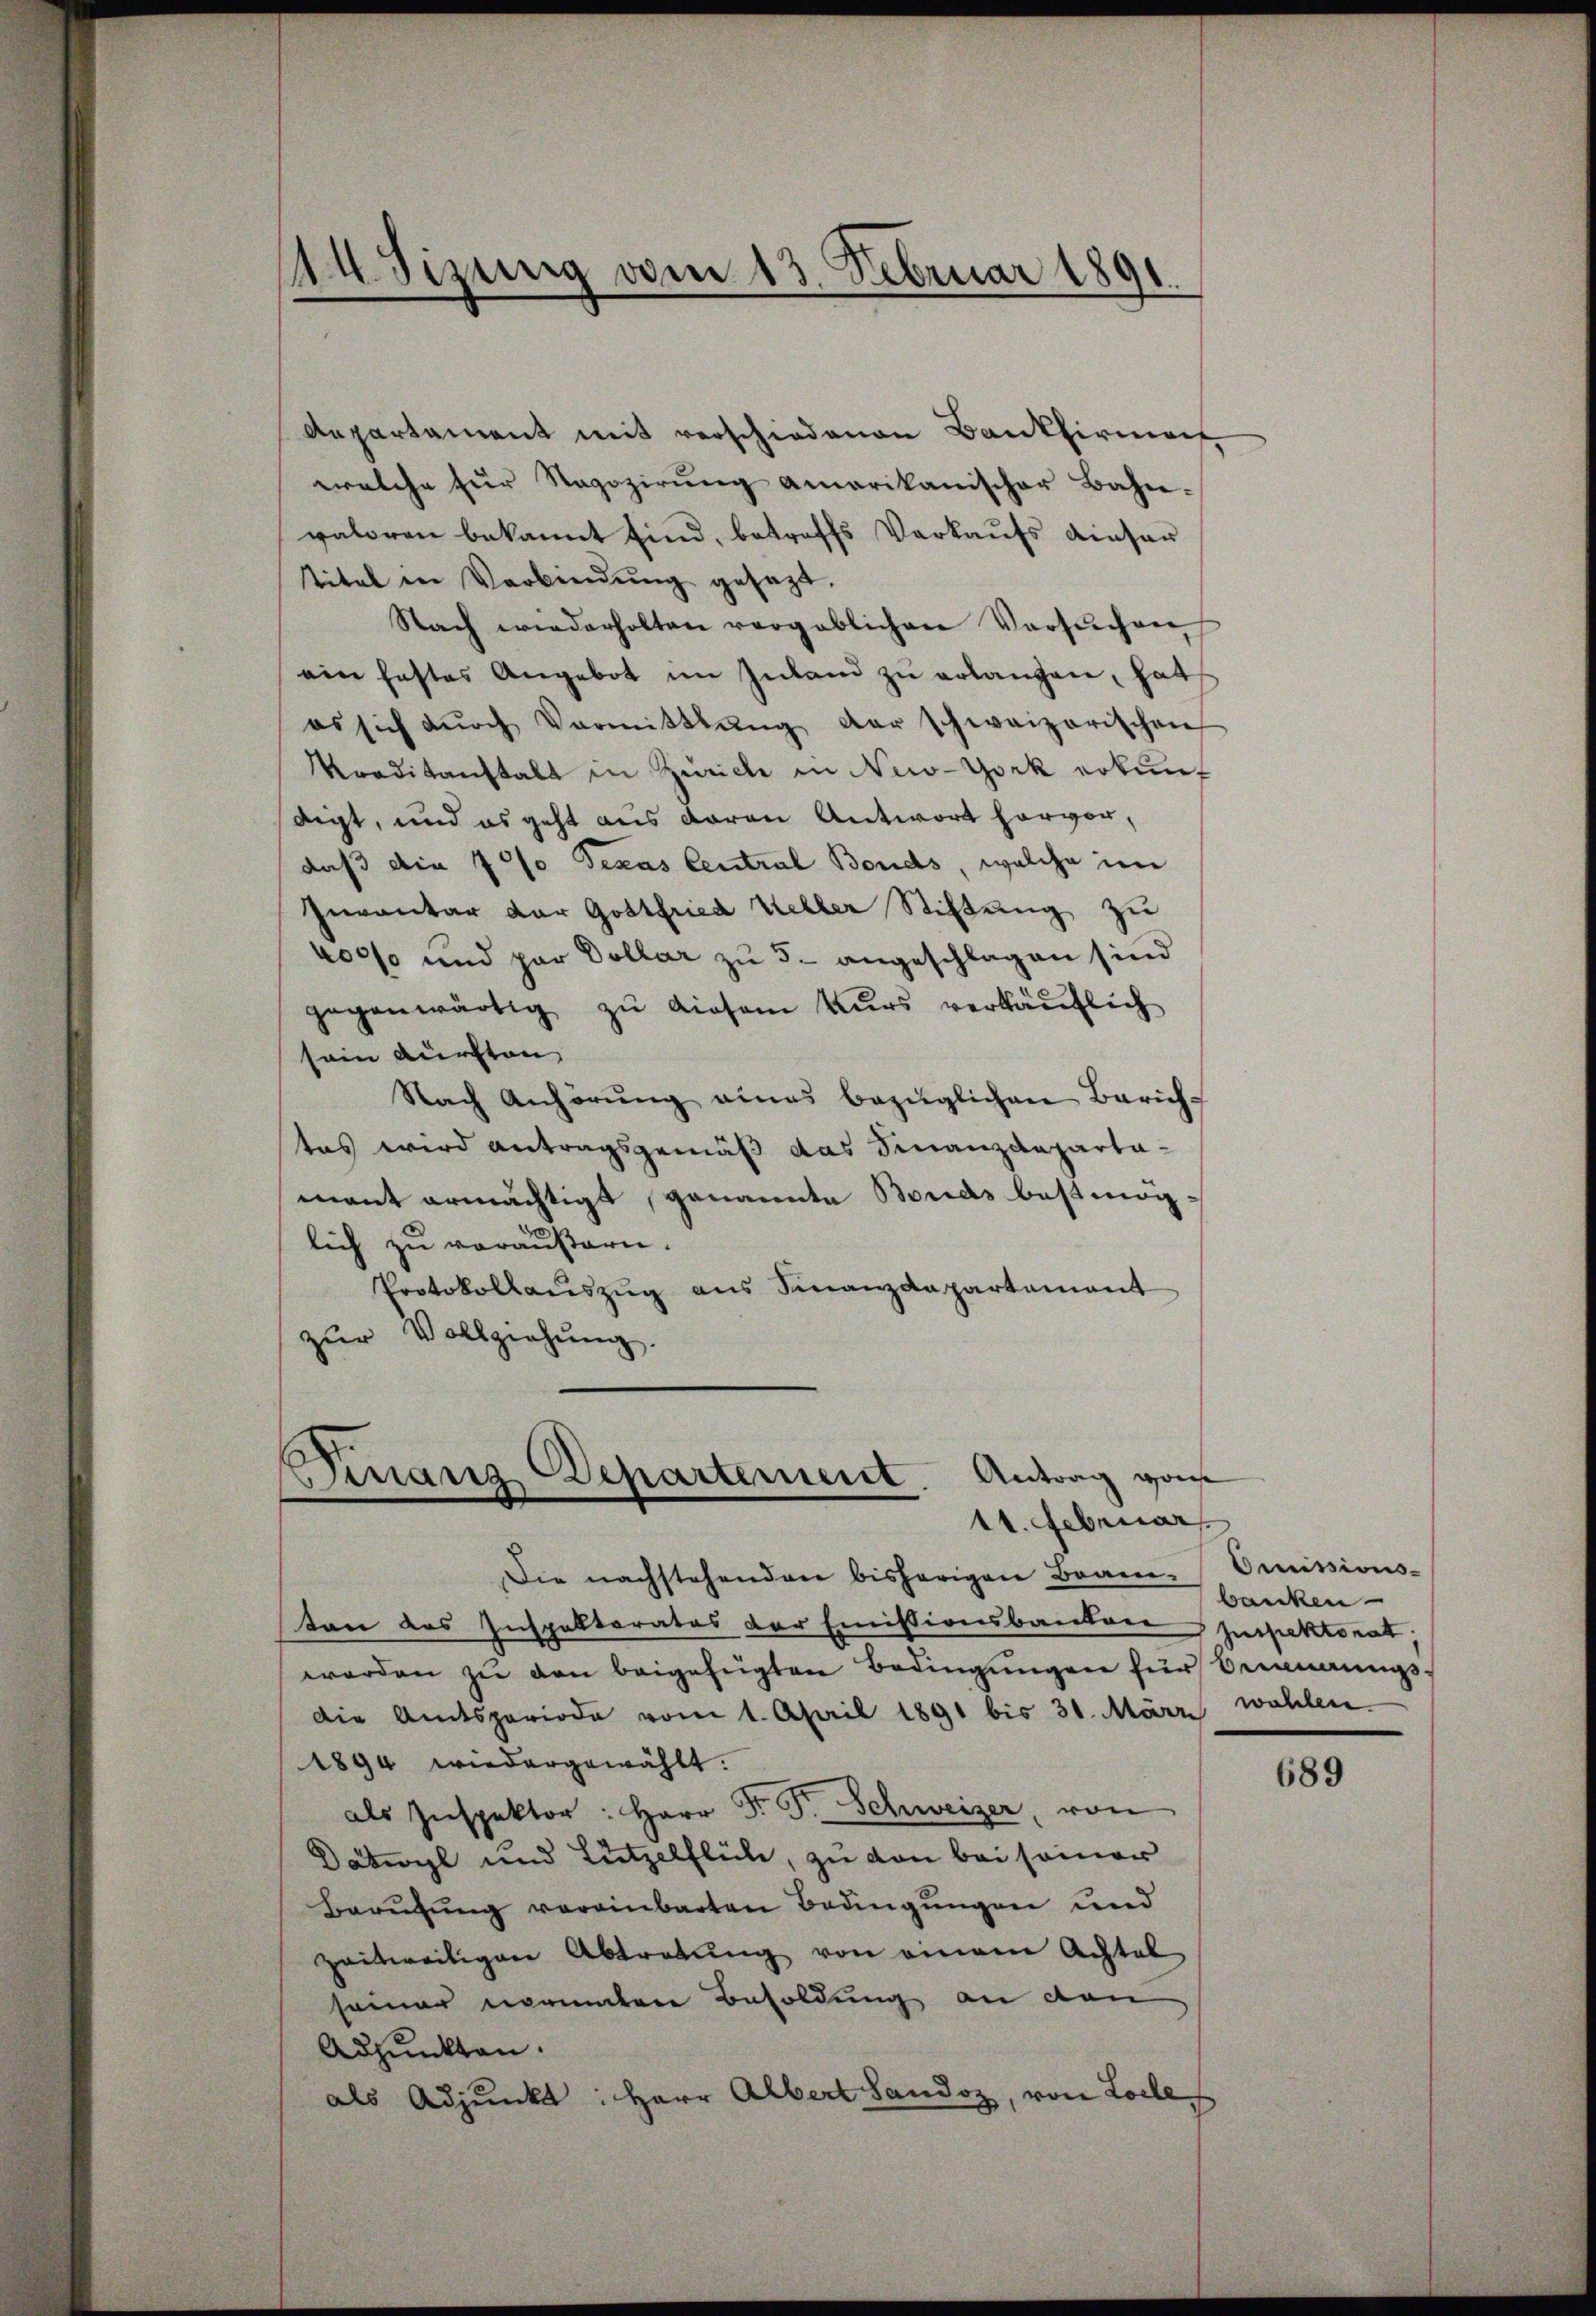
Aepartament mit verschiedenen Bankfirma
welche für Regozirŭng amerikanischer Bahn-
valoren bekannt sind, betreffs Verkaufs dieser
titel in Verbindŭng gesezt.
Nach wiederholten vergeblichen Versŭchen
ein hastes Angebot im Inland zŭ erlangen, hat
es sich dŭrch Vormittlung der schweizerischen
Traditanstalt in Zürich in New-York erkunf
digt, und es geht aus daran Antwort hervor,
daß die 700 Texas Central Bonds, welche im
Inventar der Gottfried Keller Stiftung zu
400% und par Dollar zu 5 - angeschlagen sind
gegenwärtig zu diesem Kurs verkaŭflich
sein durchten
Nach Anhörŭng eines bezüglichen Zürich-
tes wird antragsgemäß das Finanzdeparta-
mant ermächtigt, genannte Bonds bestimmig-
lich zu veräußern.
Protokollaŭszŭg ans Finanzdepartement
zŭr Vollziehŭng.

14. Sizung vom 13. Februar 1891.

Finanz Departement. Antrag ga
11. Februar

Die nachstehenden bisherigen Bran-Omissions-
ten das Inspektorates der Emissionsbanken spektorat,
werden zŭ den beigefügten Bedingŭngen für Berŭngs-
Die Amtsperiode vom 1. April 1891 bis 31. März wohlen
1894 wiedergewählt.
als Inspektor: Herr Dr. P. Schweizer, von
Datwyl und Lützelflüh, zu von bei seiner
Berufung vereinbarten Bedingungen und
zeitweiligen Abtretung von einem Achtel
seiner normalere Besoldung an den
Adjunkten.
als Adjunkt: Herr Albert Sandoz, von Loche

banken

689